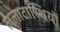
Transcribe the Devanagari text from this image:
ललाटास्थियों